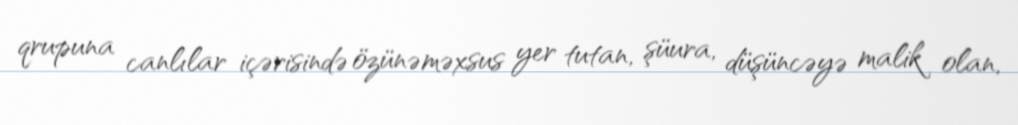
qrupuna canlılar içərisində özünəməxsus yer tutan, şüura, düşüncəyə malik olan,